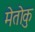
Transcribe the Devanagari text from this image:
मेतोकु